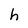
Character: h